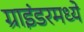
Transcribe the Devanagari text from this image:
ग्राइंडरमध्ये